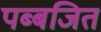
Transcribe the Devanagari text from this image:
पब्बजित